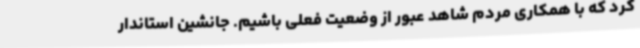
کرد که با همکاری مردم شاهد عبور از وضعیت فعلی باشیم. جانشین استاندار